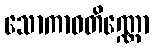
သောကာဝတိဏ္ဏော